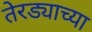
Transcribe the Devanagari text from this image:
तेरड्याच्या